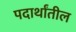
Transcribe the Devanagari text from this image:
पदार्थांतील